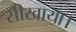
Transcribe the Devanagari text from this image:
सीखाया।